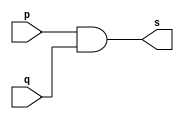
// --------------------- 
// Exemplo0014 - AND3 
// Nome: Daniel Telles McGinnis 
// --------------------- 
// Previso:
// A sada  a conjuno das 3 entradas.
// Teste 1:
// Entradas: (a=0, b=0 e c=0), (a=0, b=0 e c=1), (a=0, b=1 e c=0), (a=0, b=1 e c=1),
// (a=1, b=0 e c=0), (a=1, b=0 e c=1), (a=1, b=1 e c=0) e (a=1, b=1 e c=1)
// Observaes da sada:
// A sada  uma tabela verdade da conjuno de 3 entradas.
// --------------------- 
// -- and3 gate 
// --------------------- 

module and2gate(output s, input p, input q);
	assign s = (p & q);
endmodule // and2gate

module and3gate (output s, input p, input q, input r); 
	wire t;
	and2gate AND2_1 (t, p, q);
	and2gate AND2_2 (s, t, r);
endmodule // and3 gate
// --------------------- 
// -- test and3gate 
// --------------------- 
module testand3gate; 
	// ------------------------- dados locais 
	reg a, b, c; // definir registrador 
	wire s;      // definir conexao (fio) 
	// ------------------------- instancia 
	and3gate AND3_1 (s, a, b, c); 
	// ------------------------- preparacao 
	initial begin:start 
		a=0;
		b=0;
		c=0;
	end 
	// ------------------------- parte principal 
	initial begin:main 
		$display("Exemplo0014 - Daniel Telles McGinnis - 435042"); 
		$display("Test and3 gate"); 
		$display("a & b & c = s\n");
		$display("a   b   c   s");
		$monitor("%b   %b   %b   %b", a, b, c, s);
		#1 a=0; b=0; c=1;
		#1 a=0; b=1; c=0;
		#1 a=0; b=1; c=1;
		#1 a=1; b=0; c=0;
		#1 a=1; b=0; c=1;
		#1 a=1; b=1; c=0;
		#1 a=1; b=1; c=1;
	end 
endmodule // testand3gate